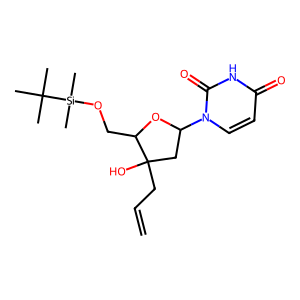
SMILES: C=CCC1(O)CC(n2ccc(=O)[nH]c2=O)OC1CO[Si](C)(C)C(C)(C)C
Inhibits HIV replication: No